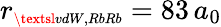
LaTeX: r_{\scriptscriptstyle\textsl{vdW,RbRb}}=83\, a_{0}